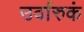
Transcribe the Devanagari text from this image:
उर्वारुकं